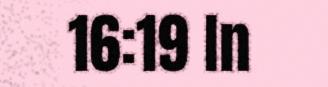
16:19 In